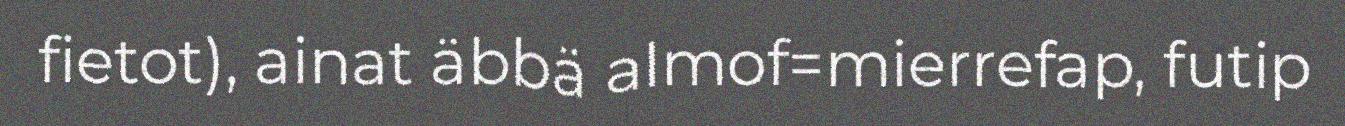
fietot), ainat äbbä almof=mierrefap, futip